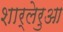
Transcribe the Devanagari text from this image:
शार्लेरुआ